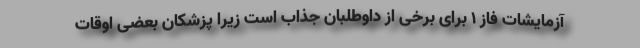
آزمایشات فاز ۱ برای برخی از داوطلبان جذاب است زیرا پزشکان بعضی اوقات